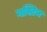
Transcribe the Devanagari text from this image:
गस्टिन